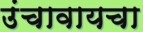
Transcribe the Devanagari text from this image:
उंचावायचा